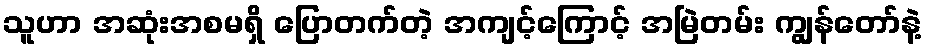
သူဟာ အဆုံးအစမရှိ ပြောတက်တဲ့ အကျင့်ကြောင့် အမြဲတမ်း ကျွန်တော်နဲ့